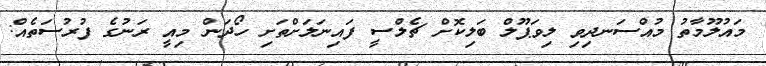
މައުލޫމާތު މުއްސަނދިވި ލިވަޕޫލް ބަލިކޮށް ޗެލްސީ ފައިނަލަށްތަށި ހޯދަން މިއީ ރަނުގެ ފުރުސަތެއް: